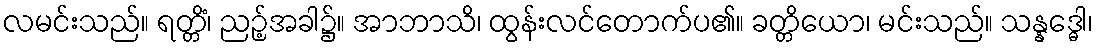
လမင်းသည်။ ရတ္တိံ၊ ညဉ့်အခါ၌။ အာဘာသိ၊ ထွန်းလင်တောက်ပ၏။ ခတ္တိယော၊ မင်းသည်။ သန္နဒ္ဓေါ၊